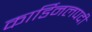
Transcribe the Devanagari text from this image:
कार्डिनलपदी